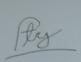
Signature authenticity: forged